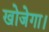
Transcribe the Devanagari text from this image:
खोजेगा।